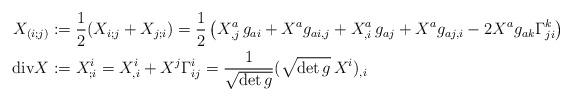
LaTeX: \begin{align*}X_{(i;j)} &:= \frac12(X_{i;j}+X_{j;i})=\frac12\left(X^a_{,j}\,g_{ai}+X^ag_{ai,j} + X^a_{,i}\,g_{aj}+X^ag_{aj,i} -2X^ag_{ak}\Gamma^k_{ji} \right)\\\mathrm{div}X &:= X^i_{;i} =X^i_{,i} + X^j\Gamma^i_{ij}=\frac{1}{\sqrt{\det g}}(\sqrt{\det g}\,X^i)_{,i}\end{align*}